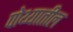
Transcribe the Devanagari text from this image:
पोथ्यातील